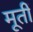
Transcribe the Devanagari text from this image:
मूतीं